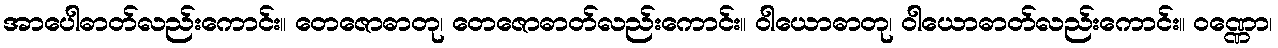
အာပေါဓာတ်လည်းကောင်း။ တေဇောဓာတု၊ တေဇောဓာတ်လည်းကောင်း။ ဝါယောဓာတု၊ ဝါယောဓာတ်လည်းကောင်း။ ဝဏ္ဏော၊